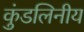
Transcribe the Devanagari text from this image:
कुंडलिनीय